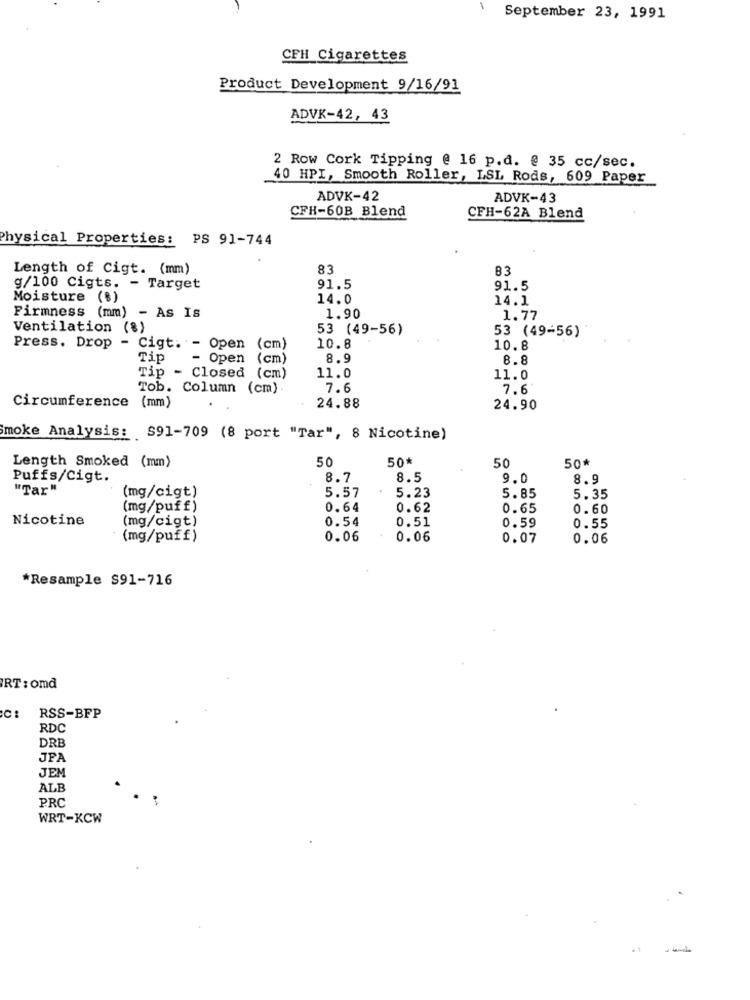
September 23, 1991
CFH Cigarettes
Product Development 9/16/91
ADVK-42, 43
2 Row Cork Tipping @ 16 p.d. @ 35 cc/sec.
40 HPI, Smooth Roller, LSL Rods, 609 Paper
ADVK-42
ADVK-43
CFH-60B Blend
CFH-62A Blend
Physical Properties: PS 91-744
Length of Cigt. (mm)
83
83
g/100 Cigts. - Target
91.5
91.5
Moisture (%)
14.0
14.1
Firmness (mm) - As Is
1.90
1.77
Ventilation (%)
53 (49-56)
53 (49-56)
10.8
Press. Drop - Cigt. - Open (cm)
10.8
Tip
- Open
(cm)
8.9
8.8
Tip - Closed (cm)
11.0
11.0
Tob. Column (cm) .
7.6
7.6
24.88
Circumference (mm)
24.90
moke Analysis: S91-709 (8 port "Tar", 8 Nicotine)
Length Smoked (mm)
50
50*
50*
50
Puffs/Cigt.
8.7
8.5
9.0
8.9
"Tar"
(mg/cigt)
5.57
5.23
5.85
5.35
(mg/puff)
0.64
0.62
0.65
0.60
Nicotine
(mg/cigt)
0.54
0.51
0.59
0.55
: (mg/puff)
0.06
0.06
0.07
0.06
*Resample $91-716
RT : omd
C:
RSS-BFP
RDC
DRB
JPA
JEM
ALB
PRC
WRT-KCW